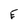
Character: E